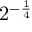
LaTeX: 2 ^ { - { \frac { 1 } { 4 } } }